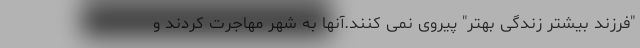
"فرزند بیشتر زندگی بهتر" پیروی نمی کنند.آنها به شهر مهاجرت کردند و